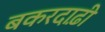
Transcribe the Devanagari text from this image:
बकरदाढ़ी